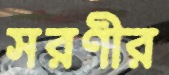
সরণীর